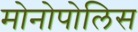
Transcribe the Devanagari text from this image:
मोनोपोलिस